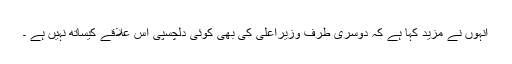
انہوں نے مزید کہا ہے کہ دوسری طرف وزیراعلیٰ کی بھی کوئی دلچسپی اس علاقے کیساتھ نہیں ہے ۔